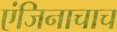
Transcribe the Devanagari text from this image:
एंजिनाचाच